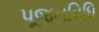
પૂજનવિધિ